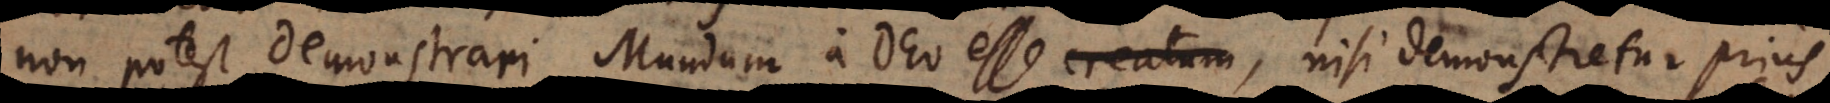
non potest demonstrari Mundum in Deo esse, nisi demonstretur prius